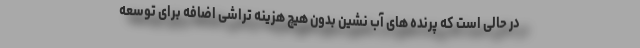
در حالی است که پرنده های آب نشین بدون هیچ هزینه تراشی اضافه برای توسعه